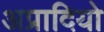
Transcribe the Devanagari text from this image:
अप्रादियो